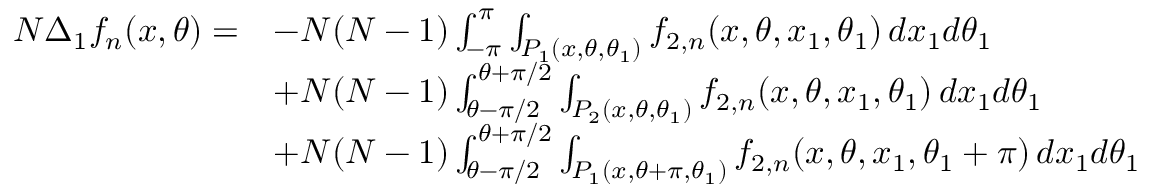
\begin{array} { r l } { N \Delta _ { 1 } f _ { n } ( x , \theta ) = } & { - N ( N - 1 ) \int _ { - \pi } ^ { \pi } \int _ { P _ { 1 } ( x , \theta , \theta _ { 1 } ) } f _ { 2 , n } ( x , \theta , x _ { 1 } , \theta _ { 1 } ) \, d x _ { 1 } d \theta _ { 1 } } \\ & { + N ( N - 1 ) \int _ { \theta - \pi / 2 } ^ { \theta + \pi / 2 } \int _ { P _ { 2 } ( x , \theta , \theta _ { 1 } ) } f _ { 2 , n } ( x , \theta , x _ { 1 } , \theta _ { 1 } ) \, d x _ { 1 } d \theta _ { 1 } } \\ & { + N ( N - 1 ) \int _ { \theta - \pi / 2 } ^ { \theta + \pi / 2 } \int _ { P _ { 1 } ( x , \theta + \pi , \theta _ { 1 } ) } f _ { 2 , n } ( x , \theta , x _ { 1 } , \theta _ { 1 } + \pi ) \, d x _ { 1 } d \theta _ { 1 } } \end{array}